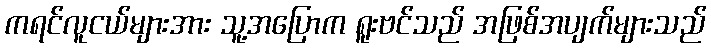
ကရင်လူငယ်များအား သူ့အပြောက ရူးဗင်သည် အဖြစ်အပျက်များသည်